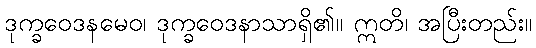
ဒုက္ခဝေဒနမေဝ၊ ဒုက္ခဝေဒနာသာရှိ၏။ ဣတိ၊ အပြီးတည်း။